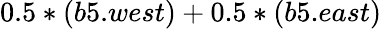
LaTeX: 0.5*(b5.west)+0.5*(b5.east)